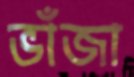
ভাঁজা